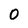
Character: O